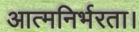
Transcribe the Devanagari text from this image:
आत्मनिर्भरता।